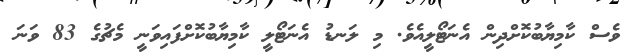
ވެސް ކާމިޔާބުކޮށްދިން އެނަޓޯލީއެވެ. މި ލަނޑު އެނަޓޯލީ ކާމިޔާބުކޮށްފައިވަނީ މެޗުގެ 83 ވަނަ